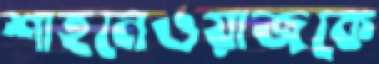
শাহনেওয়াজকে